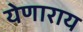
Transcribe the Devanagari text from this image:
येणाराय